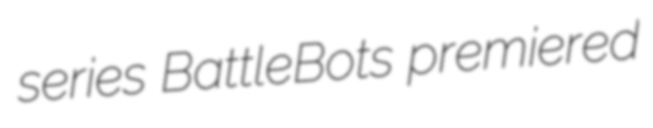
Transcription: series BattleBots premiered